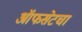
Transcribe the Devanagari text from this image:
ऑफसेटचा